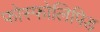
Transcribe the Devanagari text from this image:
फोस्फोलिपिड